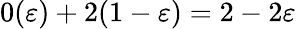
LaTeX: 0(\varepsilon)+2(1-\varepsilon)=2-2\varepsilon